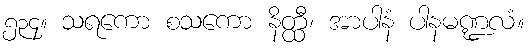
၅၃၄။ သရကော စသကော နိတ္ထီ၊ အာပါနံ ပါနမဏ္ဍလံ။